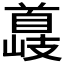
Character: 𮩣